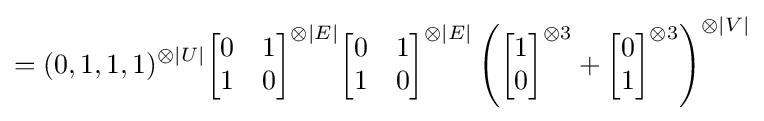
=(0,1,1,1)^{\otimes |U|}{\begin{bmatrix}0&1\\1&0\end{bmatrix}}^{\otimes |E|}{\begin{bmatrix}0&1\\1&0\end{bmatrix}}^{\otimes |E|}\left({\begin{bmatrix}1\\0\end{bmatrix}}^{\otimes 3}+{\begin{bmatrix}0\\1\end{bmatrix}}^{\otimes 3}\right)^{\otimes |V|}